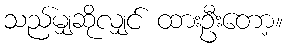
သည်မျှဆိုလျှင် ထားဦးတော့။